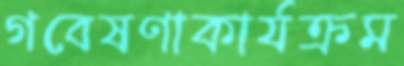
গবেষণাকার্যক্রম